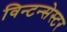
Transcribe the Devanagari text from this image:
विन्टन्सेस्टर